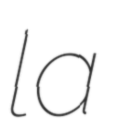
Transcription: la